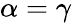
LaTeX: \alpha=\gamma